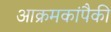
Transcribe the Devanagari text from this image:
आक्रमकांपैकी